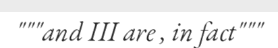
"""and III are , in fact"""